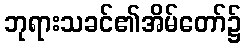
ဘုရားသခင်၏အိမ်တော်၌